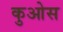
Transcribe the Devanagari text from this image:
कुओस